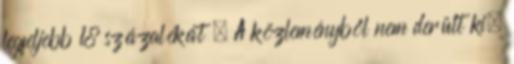
legfeljebb 18 százalékát . A közleményből nem derült ki,